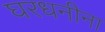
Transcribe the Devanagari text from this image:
घरधनीना